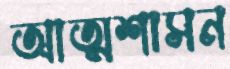
আত্মশাসন